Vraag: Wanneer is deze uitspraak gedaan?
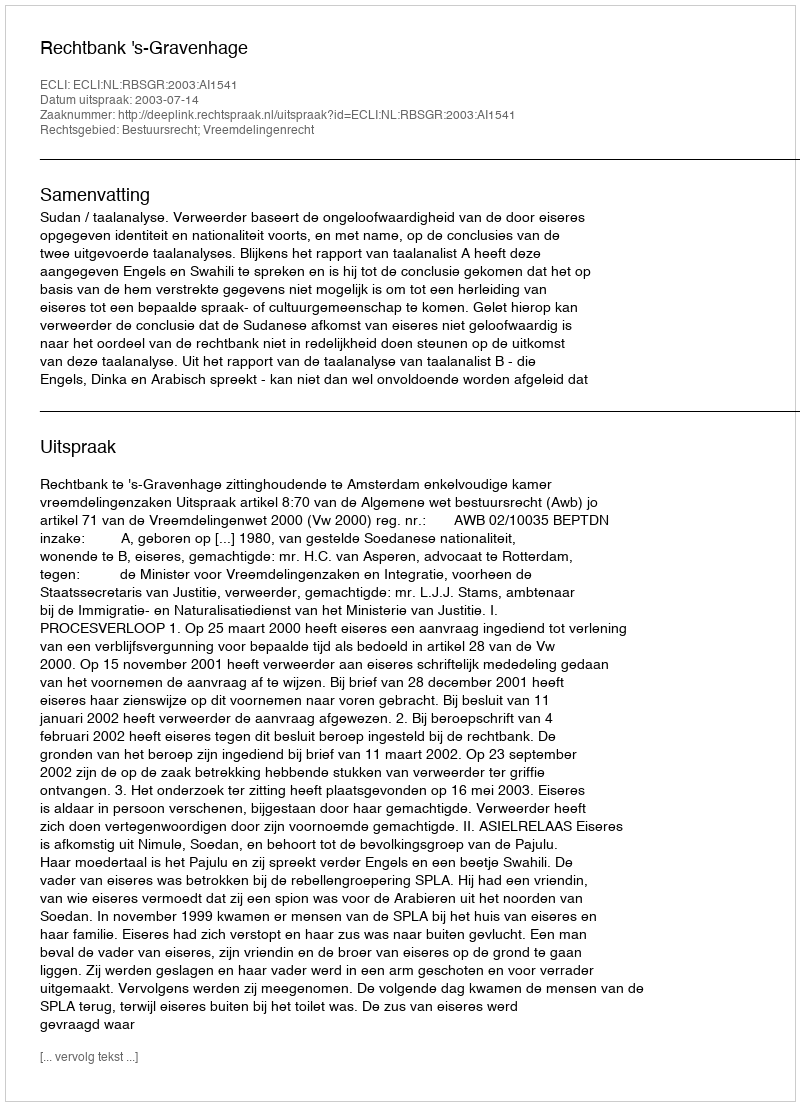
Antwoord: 2003-07-14